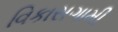
વિકાસગામી